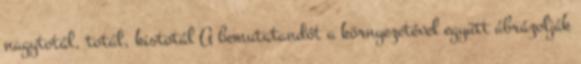
nagytotál, totál, kistotál A bemutatandót a környezetével együtt ábrázolják